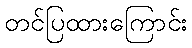
တင်ပြထားကြောင်း